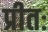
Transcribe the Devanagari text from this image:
प्रीतः